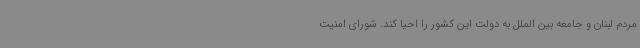
مردم لبنان و جامعه بین الملل به دولت این کشور را احیا کند. شورای امنیت